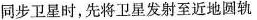
同步卫星时，先将卫星发射至近地圆轨